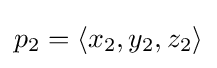
{\textstyle p_{2}=\langle x_{2},y_{2},z_{2}\rangle }